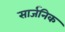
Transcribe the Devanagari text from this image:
सार्जनिक